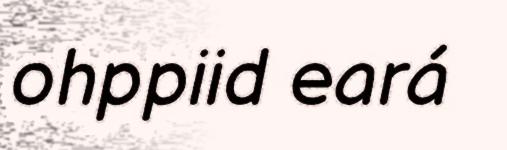
ohppiid eará